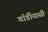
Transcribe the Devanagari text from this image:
गॉर्डीयासी